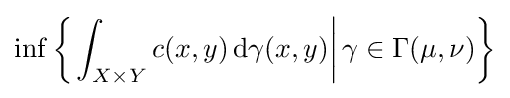
\inf \left\{\left.\int _{X\times Y}c(x,y)\,\mathrm {d} \gamma (x,y)\right|\gamma \in \Gamma (\mu ,\nu )\right\}